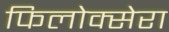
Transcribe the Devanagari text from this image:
फिलोक्सेरा